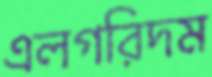
এলগরিদম